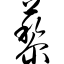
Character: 藜